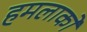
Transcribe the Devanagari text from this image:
हमलाको